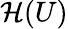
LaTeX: {\mathcal{H}}(U)